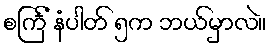
စင်္ကြံ နံပါတ် ၅က ဘယ်မှာလဲ။